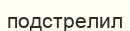
подстрелил